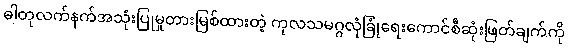
ဓါတုလက်နက်အသုံးပြုမှုတားမြစ်ထားတဲ့ ကုလသမဂ္ဂလုံခြုံရေးကောင်စီဆုံးဖြတ်ချက်ကို